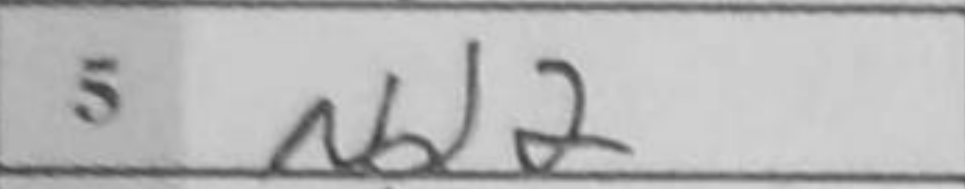
Transcription: Nd2